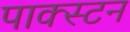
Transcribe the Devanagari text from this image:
पाक्स्टन